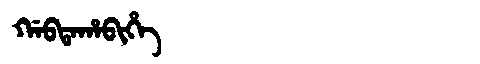
Manchu: ᡤᠠᠪᡨᠠᡥᠠᠪᡳᡥᡝ
Romanization: GABTAHABIHE